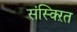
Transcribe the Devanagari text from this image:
संस्क्ऱित